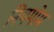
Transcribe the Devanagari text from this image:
नियमोम